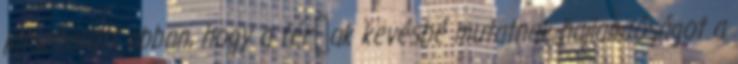
játszhatott abban, hogy a férﬁak kevésbé mutatnak hajlandóságot a